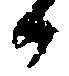
候